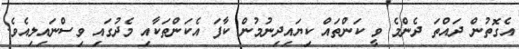
އެގޮތުން ދައްތަ ދެންމެ ވީ ކަންތައް ކިޔައިދިނުމުން ކާފަ އެކަންތަކާއި މެދުގައި ވިސްނައިލިއެވެ.